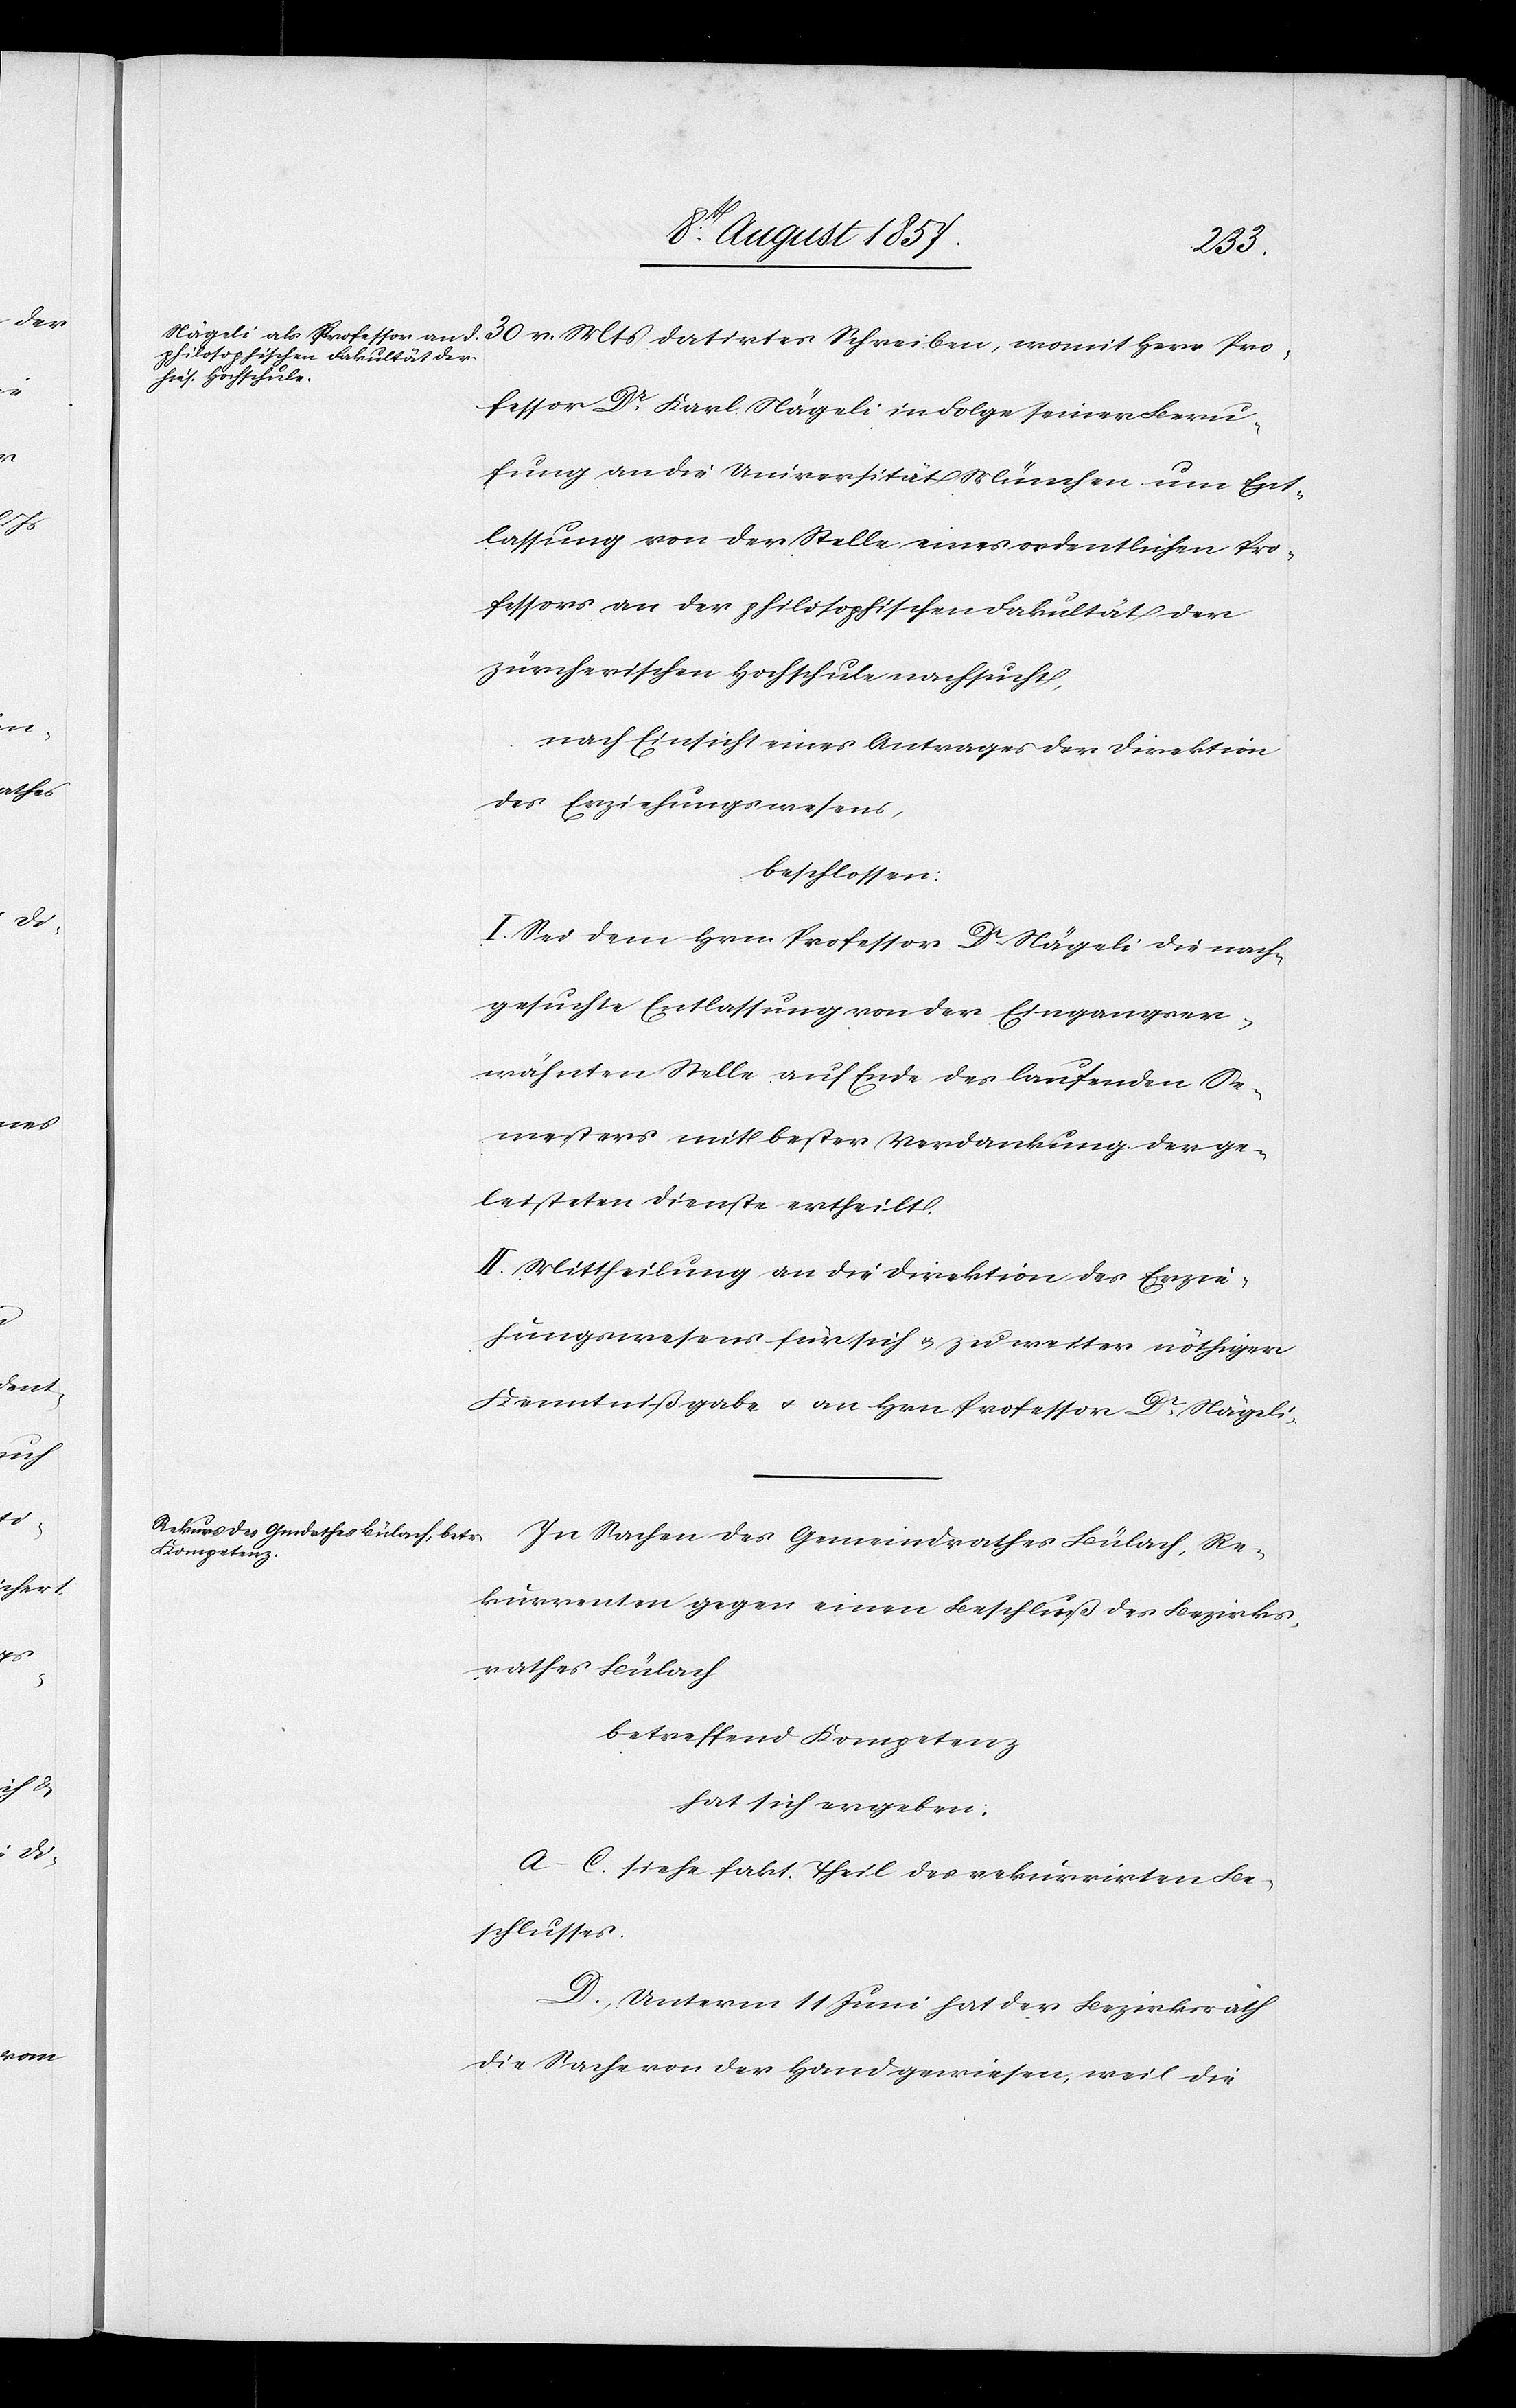
30 v. Mts. datirtes Schreiben, womit Herr Pro¬
fessor Dr Karl Nägeli in Folge seiner Beru¬
fung an die Universität München um Ent¬
lassung von der Stelle eines ordentlichen Pro¬
fessors an der philosophischen Fakultät der
zürcherischen Hochschule nachsucht,
nach Einsicht eines Antrages der Direktion
des Erziehungswesens,
beschlossen:
I. Sei dem Hrn. Professor Dr Nägeli die nach¬
gesuchte Entlassung von der Eingangs er¬
wähnten Stelle auf Ende des laufenden Se¬
mesters mit bester Verdankung der ge¬
leisteten Dienste ertheilt.
II. Mittheilung an die Direktion des Erzie¬
hungswesens für sich & zu weiter nöthiger
Kenntnißgabe & an Hrn. Professor Dr Nägeli.
In Sachen des Gemeindrathes Bülach, Re¬
kurrenten gegen einen Beschluß des Bezirks¬
rathes Bülach,
betreffend Kompetenz
hat sich ergeben:
A–C. siehe fakt. Theil des rekurrirten Be¬
schlusses.
D. Unterm 11 Juni hat der Bezirksrath
die Sache von der Hand gewiesen, weil die